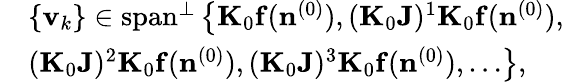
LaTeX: \begin{array}{rl}&{\left\{ {\mathbf v}_{k}\right\} \in\mathrm{span}^{\perp}\left\{ {\mathbf K}_{0}{{\mathbf f}}({\mathbf n}^{(0)}),({\mathbf K}_{0}{\mathbf J})^{1}{\mathbf K}_{0}{{\mathbf f}}({\mathbf n}^{(0)}),\right.}\\ &{\left.({\mathbf K}_{0}{\mathbf J})^{2}{\mathbf K}_{0}{{\mathbf f}}({\mathbf n}^{(0)}),({\mathbf K}_{0}{\mathbf J})^{3}{\mathbf K}_{0}{{\mathbf f}}({\mathbf n}^{(0)}),\ldots\right\} ,}\end{array}